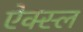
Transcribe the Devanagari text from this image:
ऐक्स्ल